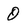
Character: O